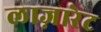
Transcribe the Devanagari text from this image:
लाज़ारेट